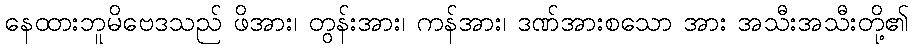
နေထားဘူမိဗေဒသည် ဖိအား၊ တွန်းအား၊ ကန်အား၊ ဒဏ်အားစသော အား အသီးအသီးတို့၏